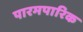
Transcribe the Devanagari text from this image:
पारमपारिक